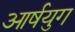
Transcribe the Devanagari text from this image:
आर्षयुग